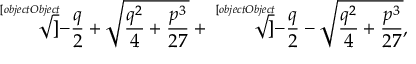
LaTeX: { \sqrt [ [object Object] ] { - { \frac { q } { 2 } } + { \sqrt { { \frac { q ^ { 2 } } { 4 } } + { \frac { p ^ { 3 } } { 2 7 } } } } } } + { \sqrt [ [object Object] ] { - { \frac { q } { 2 } } - { \sqrt { { \frac { q ^ { 2 } } { 4 } } + { \frac { p ^ { 3 } } { 2 7 } } } } } } ,